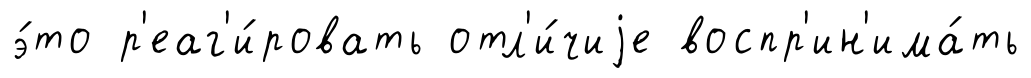
э́то р'еаг'и́ровать отл'и́чиjе воспр'ин'има́ть